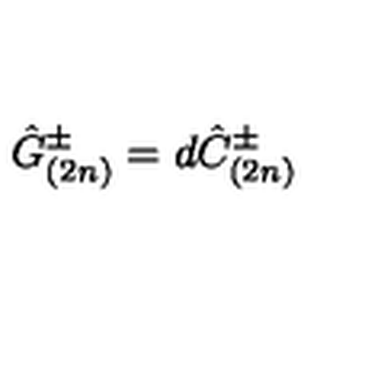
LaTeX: \hat { G } _ { ( 2 n ) } ^ { \pm } = d \hat { C } _ { ( 2 n ) } ^ { \pm }